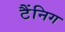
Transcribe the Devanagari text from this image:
टैंनिग